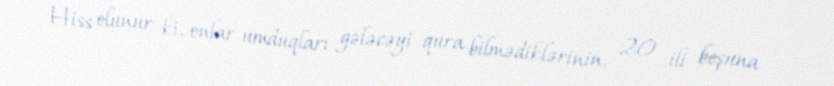
Hiss olunur ki, onlar umduqları gələcəyi qura bilmədiklərinin, 20 ili boşuna